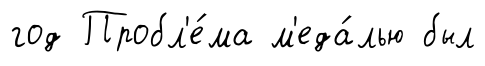
год Пробл'е́ма м'еда́лью был